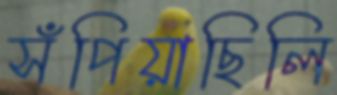
সঁপিয়াছিলি